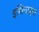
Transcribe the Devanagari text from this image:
इथिनाइल